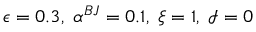
\epsilon = 0 . 3 , \; \alpha ^ { B J } = 0 . 1 , \; \xi = 1 , \; \mathcal { I } = 0